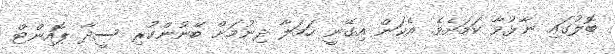
ބޮލުގައި ނާޅުވާ ކަމަށެވެ. އެކަން އިގޭނީ ހަމަލާ ދިނުމަށް ބޭނުންކުރި ސީދާ ޕޮއިންޓް